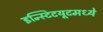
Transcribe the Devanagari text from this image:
इन्स्टिटयूटमध्ये